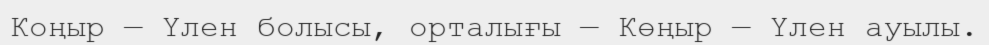
Коңыр — Үлен болысы, орталығы — Көңыр — Үлен ауылы.